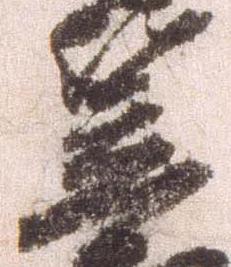
笠